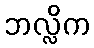
ဘလ္လိက